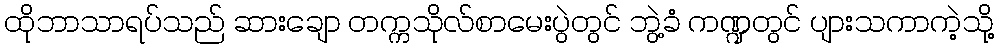
ထိုဘာသာရပ်သည် ဆားချော တက္ကသိုလ်စာမေးပွဲတွင် ဘွဲ့ခံ ကဏ္ဍတွင် ပျားသကာကဲ့သို့